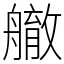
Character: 䒆